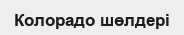
Колорадо шөлдері